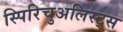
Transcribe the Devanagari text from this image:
स्पिरिचुअलिस्ट्स